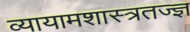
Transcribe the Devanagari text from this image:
व्यायामशास्त्रतज्ज्ञ